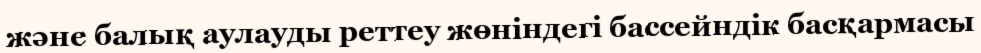
және балық аулауды реттеу жөніндегі бассейндік басқармасы